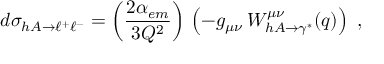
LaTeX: d \sigma _ { h A \rightarrow \ell ^ { + } \ell ^ { - } } = \left( \frac { 2 \alpha _ { e m } } { 3 Q ^ { 2 } } \right) \, \left( - g _ { \mu \nu } \, W _ { h A \rightarrow \gamma ^ { * } } ^ { \mu \nu } ( q ) \right) \ ,